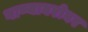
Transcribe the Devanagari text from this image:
गाण्याबरोबर